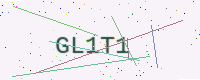
Text: GL1T1